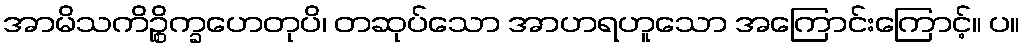
အာမိသကိဉ္စိက္ခဟေတုပိ၊ တဆုပ်သော အာဟရဟူသော အကြောင်းကြောင့်။ ပ။